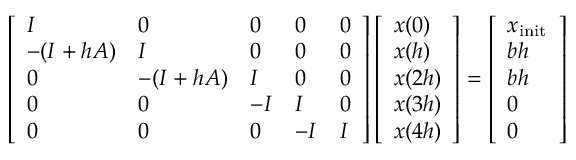
\left[ \begin{array} { l l l l l } { I } & { 0 } & { 0 } & { 0 } & { 0 } \\ { - ( I + h A ) } & { I } & { 0 } & { 0 } & { 0 } \\ { 0 } & { - ( I + h A ) } & { I } & { 0 } & { 0 } \\ { 0 } & { 0 } & { - I } & { I } & { 0 } \\ { 0 } & { 0 } & { 0 } & { - I } & { I } \end{array} \right] \left[ \begin{array} { l } { x ( 0 ) } \\ { x ( h ) } \\ { x ( 2 h ) } \\ { x ( 3 h ) } \\ { x ( 4 h ) } \end{array} \right] = \left[ \begin{array} { l } { x _ { \mathrm { i n i t } } } \\ { b h } \\ { b h } \\ { 0 } \\ { 0 } \end{array} \right]